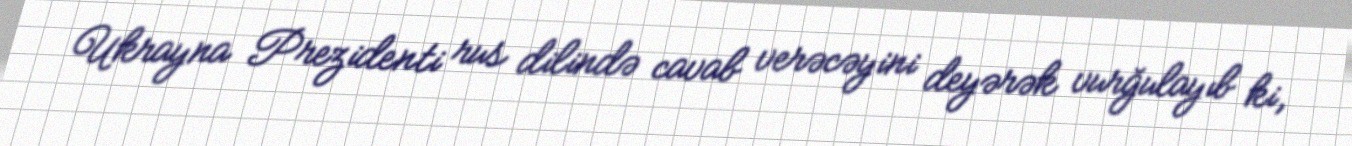
Ukrayna Prezidenti rus dilində cavab verəcəyini deyərək vurğulayıb ki,